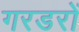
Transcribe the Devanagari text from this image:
गरडरों